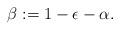
LaTeX: \begin{align*}\beta := 1-\epsilon-\alpha.\end{align*}